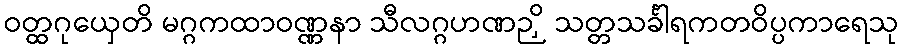
ဝတ္ထဂုယှေတိ မဂ္ဂကထာဝဏ္ဏနာ သီလဂ္ဂဟဏဉှိ သတ္တသင်္ခါရကတဝိပ္ပကာရေသု